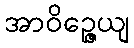
အာဝိဉ္ဇေယျ